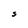
Character: S